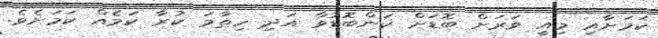
ކަމަށާއި މިއީ ވަރަށް ބޮޑަށް ކަންބޮޑުވާ އަދި ހިތާމަ ކުރާ ކަމެއް ކަމަށެވެ.